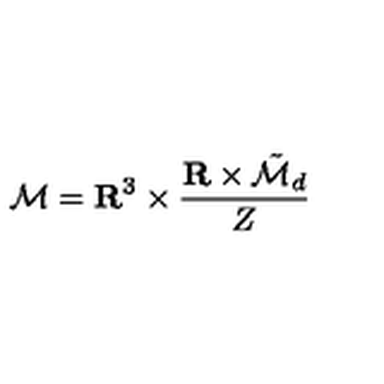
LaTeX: { \cal M } = { \bf R } ^ { 3 } \times \frac { { \bf R } \times \tilde { \cal M } _ { d } } { Z }